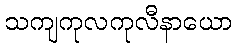
သကျကုလကုလီနာယော